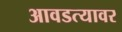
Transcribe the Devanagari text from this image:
आवडत्यावर